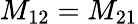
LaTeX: M_{12}=M_{21}